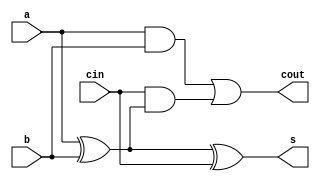
module adder_1bit (
  input  a,
  input  b,
  input  cin,
  output s,
  output cout
);

  assign s    = a ^ b ^ cin;
  assign cout = (a & b) | (cin & (a ^ b));
endmodule